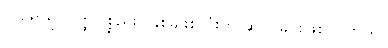
လူရောရုပ်ဝတ္ထုပစ္စည်းပါနှစ်မျိုးစလုံးကို ဆိုလိုခြင်းဖြစ်ပါ တယ်။